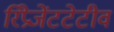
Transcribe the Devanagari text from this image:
रिप्रेजेंटटेटीव